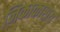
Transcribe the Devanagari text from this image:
निकाकाराय